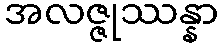
အလဇ္ဇုဿန္နာ